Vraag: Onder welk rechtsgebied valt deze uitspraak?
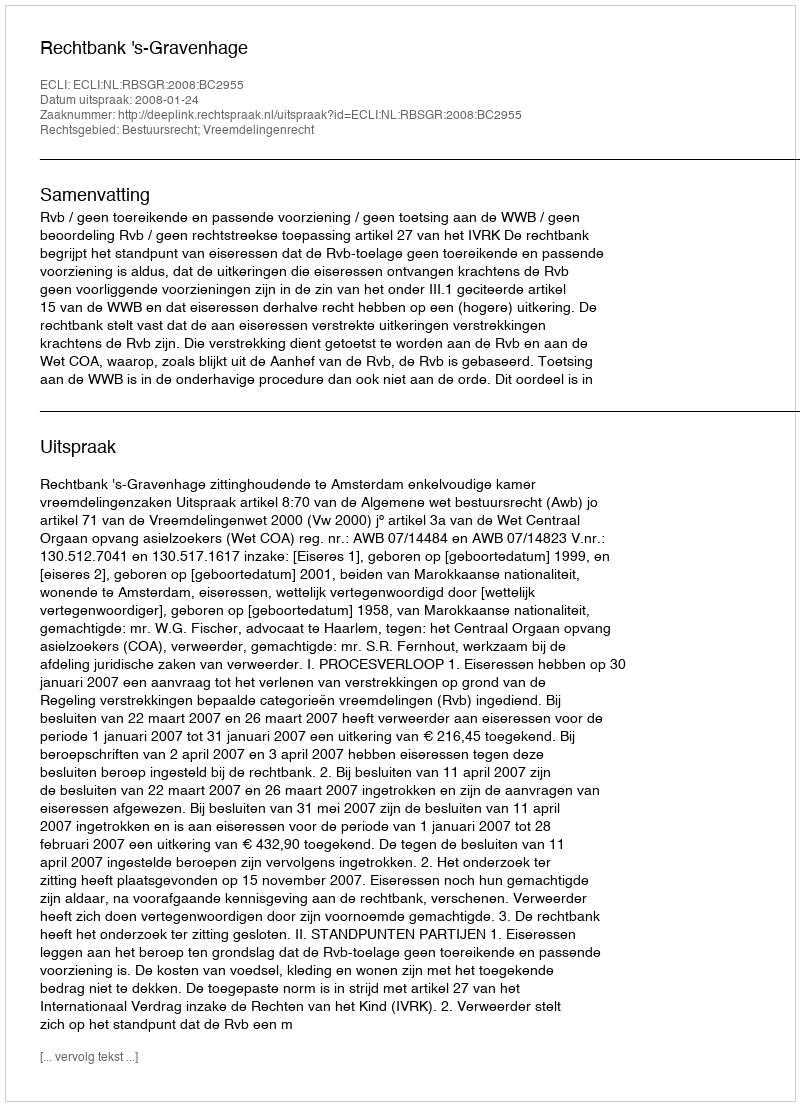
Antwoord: Bestuursrecht; Vreemdelingenrecht